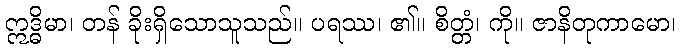
ဣဒ္ဓိမာ၊ တန် ခိုးရှိသောသူသည်။ ပရဿ၊ ၏။ စိတ္တံ၊ ကို။ ဇာနိတုကာမော၊